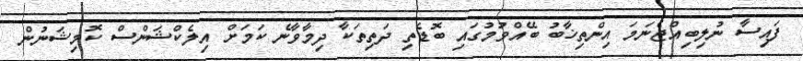
ފައިސާ ނުލިބިއްޖެނަމަ އިންތިޚާބު ބޭއްވުމުގައި ބޮޑެތި ދަތިތަކާ ދިމާވާނެ ކަމަށް އިލެކްޝަންސް ކޮމިޝަނުން